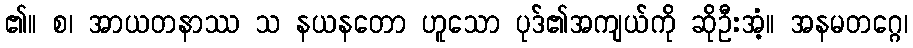
၏။ စ၊ အာယတနာဿ သ နယနတော ဟူသော ပုဒ်၏အကျယ်ကို ဆိုဦးအံ့။ အနမတဂ္ဂေ၊